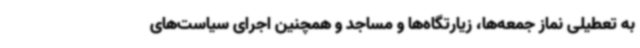
به تعطیلی نماز جمعه‌ها، زیارتگاه‌ها و مساجد و همچنین اجرای سیاست‌های